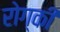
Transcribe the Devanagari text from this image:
रोग्की